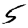
Digit: 5